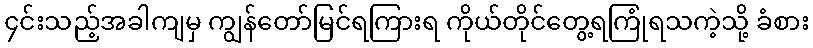
၄င်းသည့်အခါကျမှ ကျွန်တော်မြင်ရကြားရ ကိုယ်တိုင်တွေ့ရကြုံရသကဲ့သို့ ခံစား